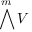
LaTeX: \bigwedge ^ { m } V